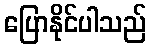
ပြောနိုင်ပါသည်